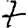
Digit: 7